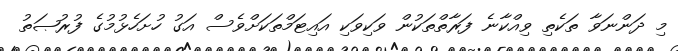
މި ދަންނަވާ ތަކެތި ވިއްކާނެ ފަރާތްތަކުން ވަކިވަކި އައިޓަމްތަކަށްވެސް އަގު ހުށަހެޅުމުގެ ފުރުޞަތު